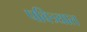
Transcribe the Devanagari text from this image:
पवित्र्यात